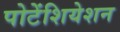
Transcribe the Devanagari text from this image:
पोटेंशियेशन